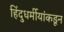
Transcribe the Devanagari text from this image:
हिंदुधर्मीयांकडून